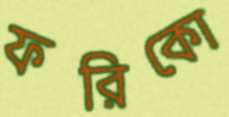
ফরিকো